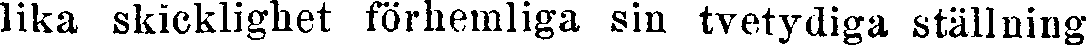
lika skicklighet förhemliga sin tvetydiga ställning